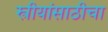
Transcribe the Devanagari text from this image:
स्त्रीयांसाठीचा